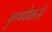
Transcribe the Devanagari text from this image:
कृष्णेकडे